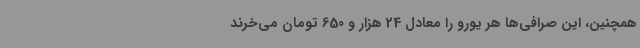
همچنین، این صرافی‌ها هر یورو را معادل 24 هزار و 650 تومان می‌خرند